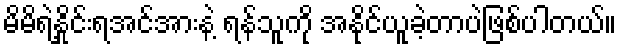
မိမိရဲ့နှိုင်းရအင်အားနဲ့ ရန်သူကို အနိုင်ယူခဲ့တာပဲဖြစ်ပါတယ်။